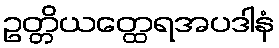
ဥတ္တိယတ္ထေရအပဒါနံ